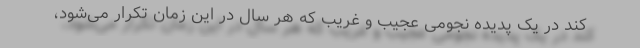
کند در یک پدیده نجومی عجیب و غریب که هر سال در این زمان تکرار می‌شود،